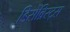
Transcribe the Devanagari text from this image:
डिसेंब्रिस्ट्स